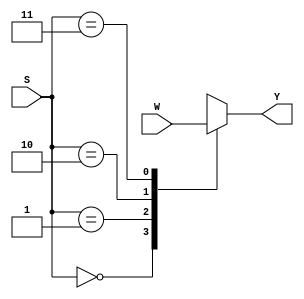
module mux4to1(W,S,Y);
input [0:3]W;
input [1:0]S;
output reg Y;

always @(S or W)
  case(S)
   0:Y=W[0];
   1:Y=W[1];
   2:Y=W[2];
   3:Y=W[3];
   default:Y=0;
  endcase
endmodule